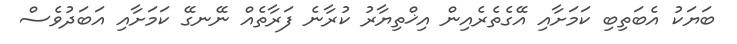
ބަޔަކު އެބަތިބި ކަމަށާއި އޭގެތެރެއިން އިޚްތިޔާރު ކުރާނެ ފަރާތެއް ނޭނގޭ ކަމަށާއި އަބަދުވެސް